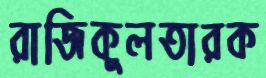
রাজিকুলতারক